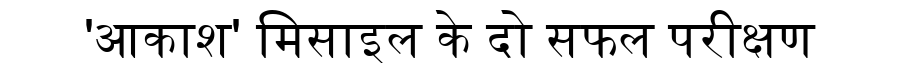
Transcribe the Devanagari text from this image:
'आकाश' मिसाइल के दो सफल परीक्षण